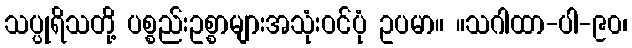
သပ္ပုရိသတို့ ပစ္စည်းဥစ္စာများအသုံးဝင်ပုံ ဥပမာ။ ။သဂါထာ-ပါ-၉၀၊